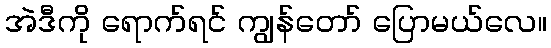
အဲဒီကို ရောက်ရင် ကျွန်တော် ပြောမယ်လေ။